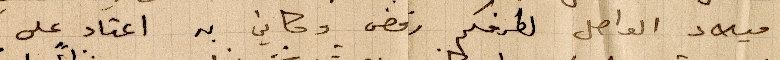
ميلاد الواصل لطرفكم رفض وكاني به اعتاد على